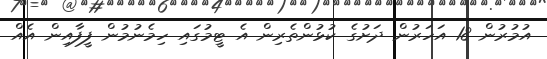
އުމުރުން 18 އަހަރުން ދަށުގެ ކުޅުންތެރިން އެ ޓީމުގައި ހިމެނުމުން ފީފާއިން އެއް